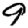
Digit: 9